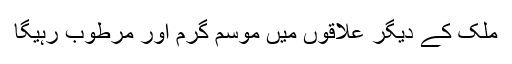
ملک کے دیگر علاقوں میں موسم گرم اور مرطوب رہیگا